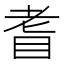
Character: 𦒿